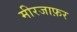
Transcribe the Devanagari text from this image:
मीरजाफ़र